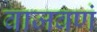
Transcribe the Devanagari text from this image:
वाजवणं